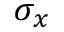
\sigma _ { x }